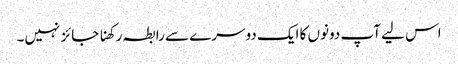
اس لیے آپ دونوں‌ کا ایک دوسرے سے رابطہ رکھنا جائز نہیں۔